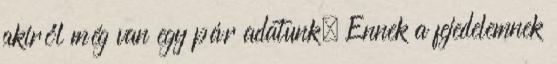
akiről még van egy pár adatunk. Ennek a fejedelemnek